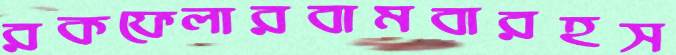
রকফেলারবামবারহস